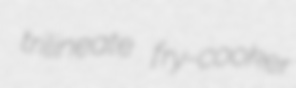
trilineate fry-cooker